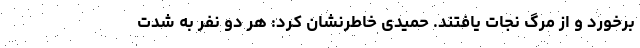
برخورد و از مرگ نجات یافتند. حمیدی خاطرنشان کرد: هر دو نفر به شدت